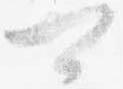
可